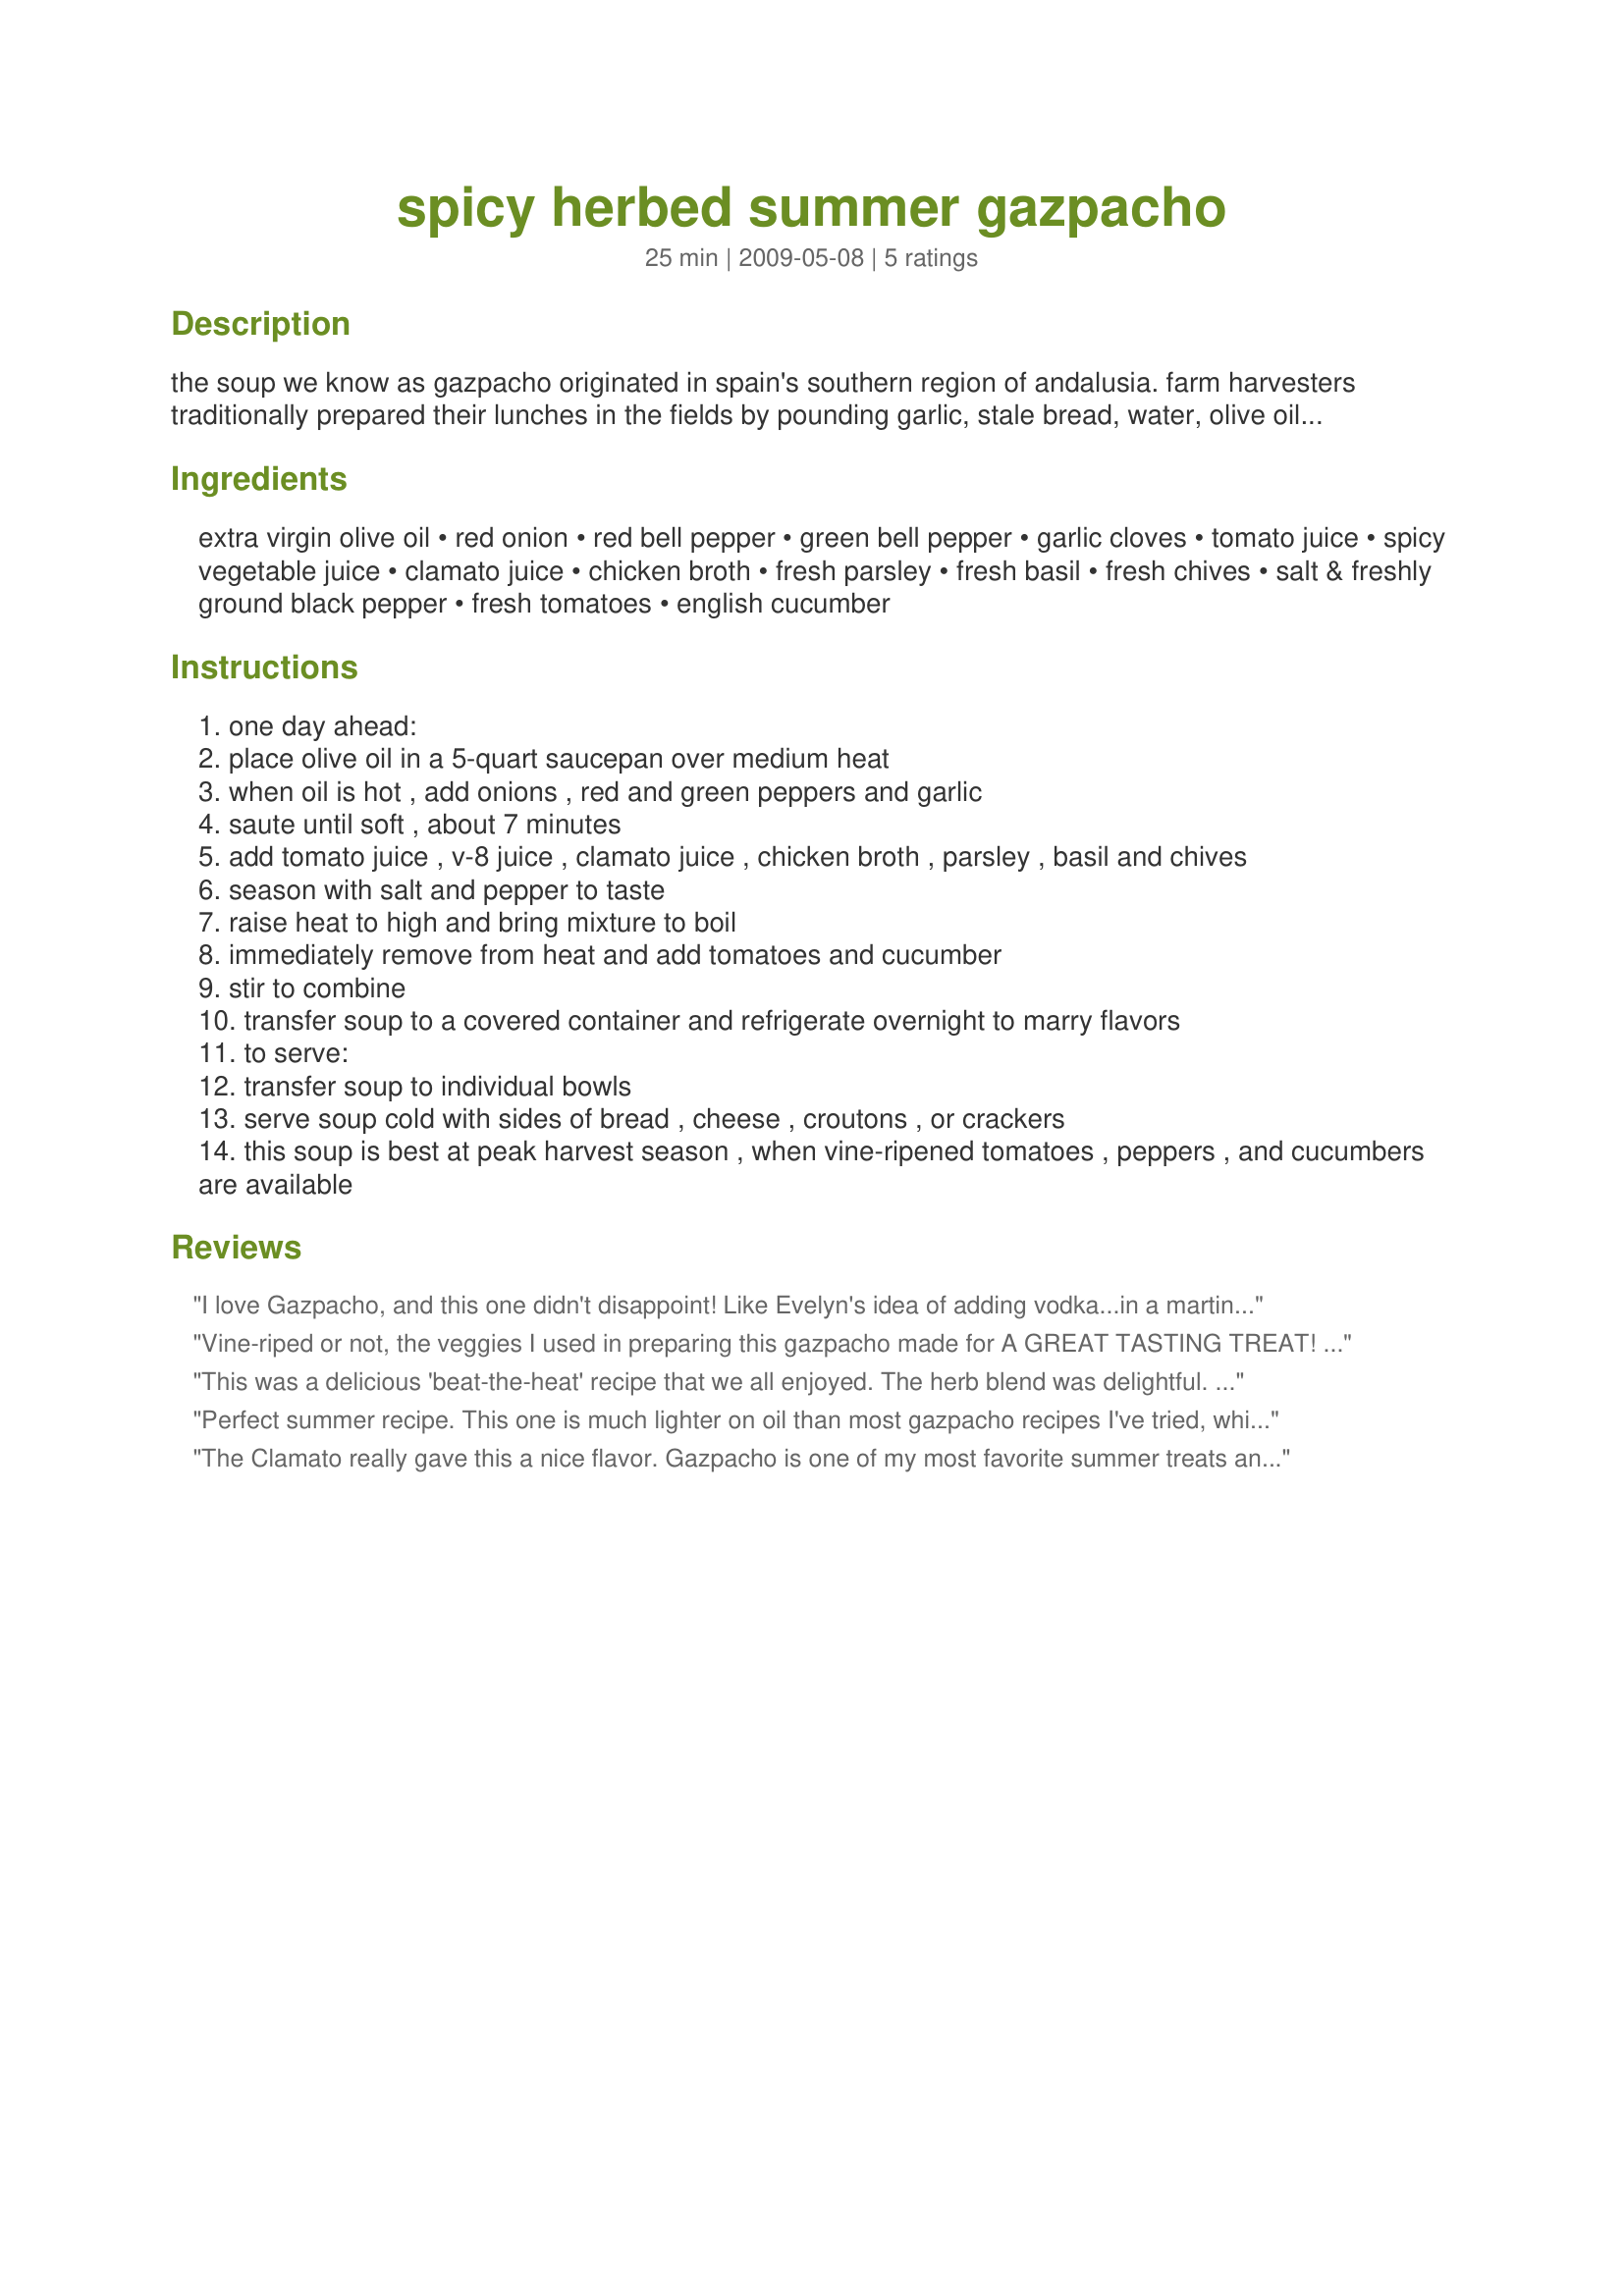
spicy herbed summer gazpacho
Preparation time: 25 minutes

the soup we know as gazpacho originated in spain's southern region of andalusia. farm harvesters traditionally prepared their lunches in the fields by pounding garlic, stale bread, water, olive oil, and salt in a large wooden bowl, forming a sort of nourishing paste to which they added cold water. legend maintains that christopher columbus took barrels of this paste on his first voyage to the new world. discovering tomatoes, cucumbers, and bell peppers in the andes, he added them to the mix, creating the liquid salad we still call gazpacho. from "the florida keys cookbook".
prep/cook time does not include overnight refrigeration time.

Ingredients:
extra virgin olive oil, red onion, red bell pepper, green bell pepper, garlic cloves, tomato juice, spicy vegetable juice, clamato juice, chicken broth, fresh parsley, fresh basil, fresh chives, salt & freshly ground black pepper, fresh tomatoes, english cucumber

Steps:
one day ahead:
place olive oil in a 5-quart saucepan over medium heat
when oil is hot , add onions , red and green peppers and garlic
saute until soft , about 7 minutes
add tomato juice , v-8 juice , clamato juice , chicken broth , parsley , basil and chives
season with salt and pepper to taste
raise heat to high and bring mixture to boil
immediately remove from heat and add tomatoes and cucumber
stir to combine
transfer soup to a covered container and refrigerate overnight to marry flavors
to serve:
transfer soup to individual bowls
serve soup cold with sides of bread , cheese , croutons , or crackers
this soup is best at peak harvest season , when vine-ripened tomatoes , peppers , and cucumbers are available

Reviews:
I love Gazpacho, and this one didn't disappoint! Like Evelyn's idea of adding vodka...in a martini glass, that would make it an appetizer/apertif all in one and great for a party!! Will make this for a summer cookout for sure!
Vine-riped or not, the veggies I used in preparing this gazpacho made for A GREAT TASTING TREAT! Will admit, though, that I look forward to making this again when ALL those veggies are in season locally! Really enjoyed this particular combo of flavors & will be making this very recipe a number of times over this coming summer! Thanks for sharing it! [Tagged, made & reviewed in the Zingo part of ZWT5]
This was a delicious 'beat-the-heat' recipe that we all enjoyed. The herb blend was delightful. Dare I say I spiked mine with a little vodka???
Perfect summer recipe. This one is much lighter on oil than most gazpacho recipes I've tried, which makes it very refreshing, and I love the herbs. I really don't care for clamato, so I subbed it for an extra measure of spicy vegetable juice. I found it's also great with a squeeze of lemon. I imagine vodka would be excellent as well.
The Clamato really gave this a nice flavor. Gazpacho is one of my most favorite summer treats and this sure hit the spot. Made for holiday tag.
